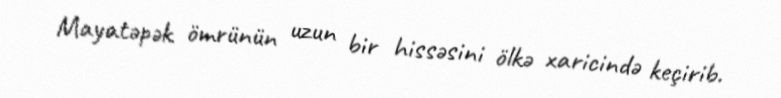
Mayatəpək ömrünün uzun bir hissəsini ölkə xaricində keçirib.